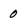
Character: 0